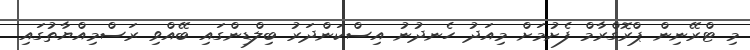
މި ޓްރޭނިން ޕްރޮގްރާމް ފެށުމަށް މިއަދު ހެނދުނު އިސްކަންދަރު ބިލްޑިންގައި ބޭއްވި ރަސްމިއްޔާތުގައި